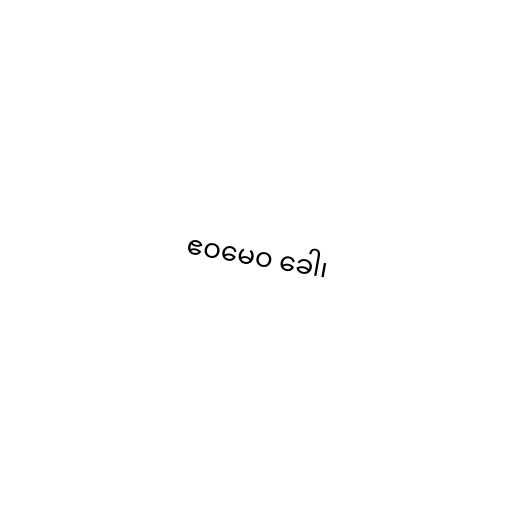
ဧဝမေဝ ခေါ၊